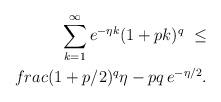
LaTeX: \begin{align*} \sum_{k=1}^\infty e^{-\eta k}(1 + pk)^q\ \le \\frac{(1 + p/2)^q }{\eta - pq} \, e^{- \eta/2}.\end{align*}